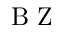
\textrm { B Z }